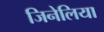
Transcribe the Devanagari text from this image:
जिनेलिया